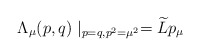
\begin{align*}\Lambda _\mu (p,q)\mid _{p=q,p^2=\mu ^2}=\widetilde{L}p_\mu\end{align*}